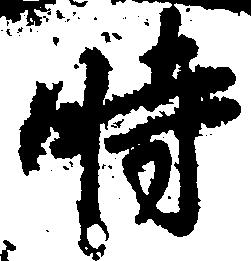
時